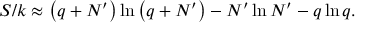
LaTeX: S / k \approx \left( q + N ^ { \prime } \right) \ln \left( q + N ^ { \prime } \right) - N ^ { \prime } \ln N ^ { \prime } - q \ln q .